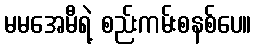
မမအေမီရဲ့ စည်းကမ်းစနစ်ပေ။